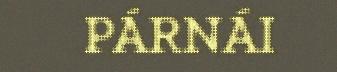
PÁRNÁI